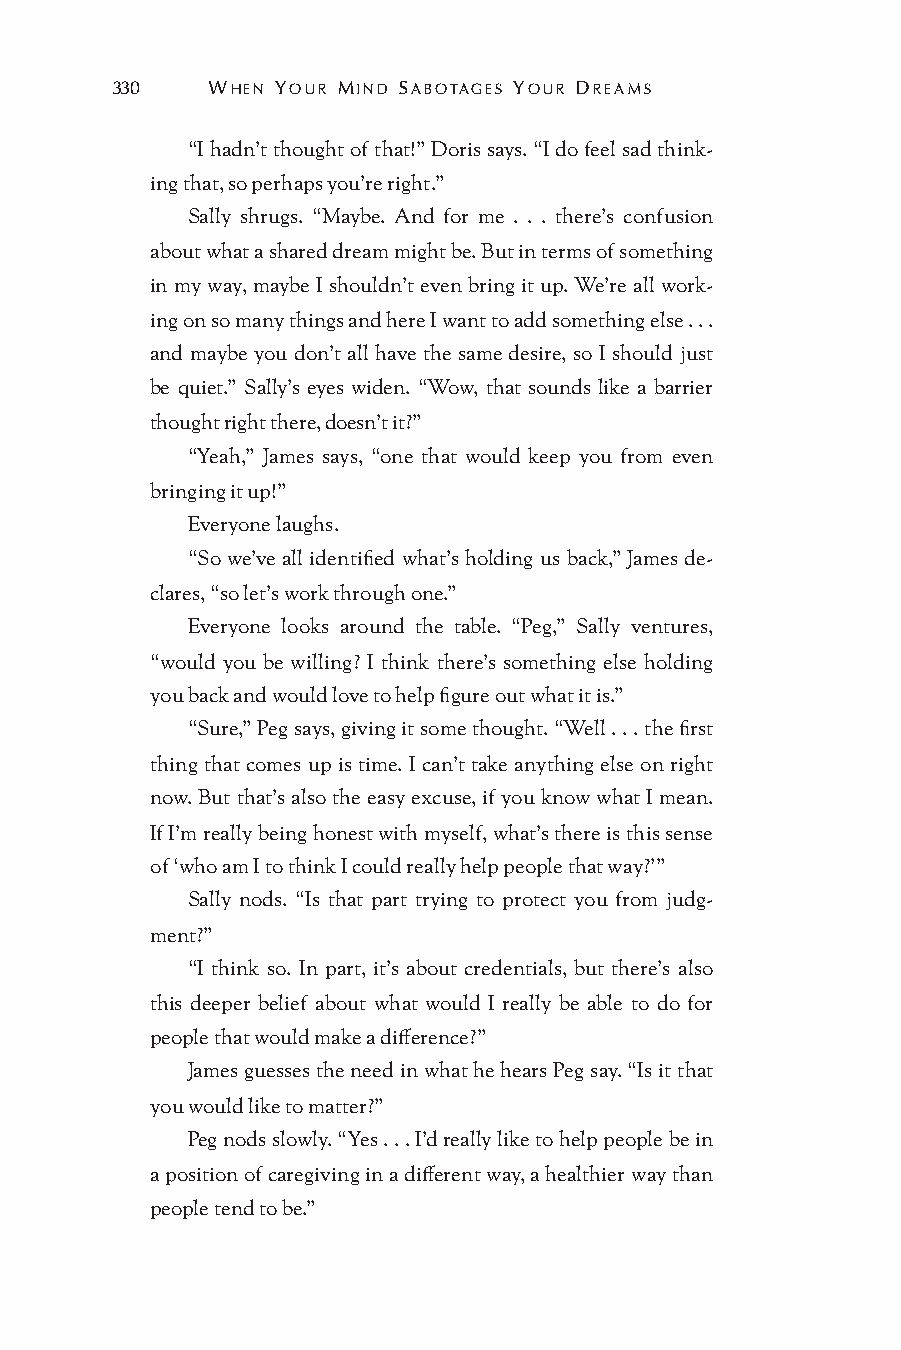
330    WHEN YOUR MIND SABOTAGES YOUR DREAMS
 “I hadn’t thought of that!” Doris says. “I do feel sad think-
 ing that, so perhaps you’re right.”
 Sally shrugs. “Maybe. And for me . . . there’s confusion
 about what a shared dream might be. But in terms of something
 in my way, maybe I shouldn’t even bring it up. We’re all work-
 ing on so many things and here I want to add something else . . .
 and maybe you don’t all have the same desire, so I should just
 be quiet.” Sally’s eyes widen. “Wow, that sounds like a barrier
 thought right there, doesn’t it?”
 “Yeah,” James says, “one that would keep you from even
 bringing it up!”
 Everyone laughs.
 “So we’ve all identified what’s holding us back,” James de-
 clares, “so let’s work through one.”
 Everyone looks around the table. “Peg,” Sally ventures,
 “would you be willing? I think there’s something else holding
 you back and would love to help figure out what it is.”
 “Sure,” Peg says, giving it some thought. “Well . . . the first
 thing that comes up is time. I can’t take anything else on right
 now. But that’s also the easy excuse, if you know what I mean.
 If I’m really being honest with myself, what’s there is this sense
 of ‘who am I to think I could really help people that way?’”
 Sally nods. “Is that part trying to protect you from judg-
 ment?”
 “I think so. In part, it’s about credentials, but there’s also
 this deeper belief about what would I really be able to do for
 people that would make a difference?”
 James guesses the need in what he hears Peg say. “Is it that
 you would like to matter?”
 Peg nods slowly. “Yes . . . I’d really like to help people be in
 a position of caregiving in a different way, a healthier way than
 people tend to be.”